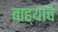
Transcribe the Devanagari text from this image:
बाह्यांचे